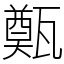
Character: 㽀